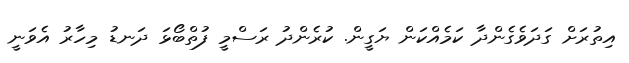
އިތުރަށް ގަދަވެގެންދާ ކަމެއްކަން ޔަގީން. ކުރެންދު ރަސްމީ ފުތްބޯޅަ ދަނޑު މިހާރު އެވަނީ